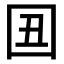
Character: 𡆴